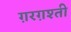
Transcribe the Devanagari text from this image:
ग़रग़श्ती